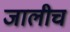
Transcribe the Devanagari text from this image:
जालीच